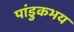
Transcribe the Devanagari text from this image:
पांडुकभय